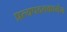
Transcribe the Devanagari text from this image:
प्रत्यपदत्तकामेन